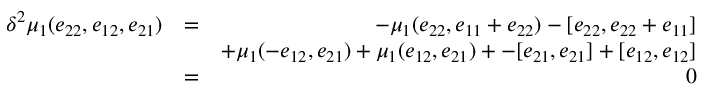
\begin{array} { r l r } { \delta ^ { 2 } \mu _ { 1 } ( e _ { 2 2 } , e _ { 1 2 } , e _ { 2 1 } ) } & { = } & { - \mu _ { 1 } ( e _ { 2 2 } , e _ { 1 1 } + e _ { 2 2 } ) - [ e _ { 2 2 } , e _ { 2 2 } + e _ { 1 1 } ] } \\ & { } & { + \mu _ { 1 } ( - e _ { 1 2 } , e _ { 2 1 } ) + \mu _ { 1 } ( e _ { 1 2 } , e _ { 2 1 } ) + - [ e _ { 2 1 } , e _ { 2 1 } ] + [ e _ { 1 2 } , e _ { 1 2 } ] } \\ & { = } & { 0 } \end{array}